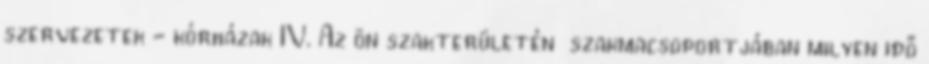
szervezetek - kórházak IV. Az ön szakterületén szakmacsoportjában milyen idő